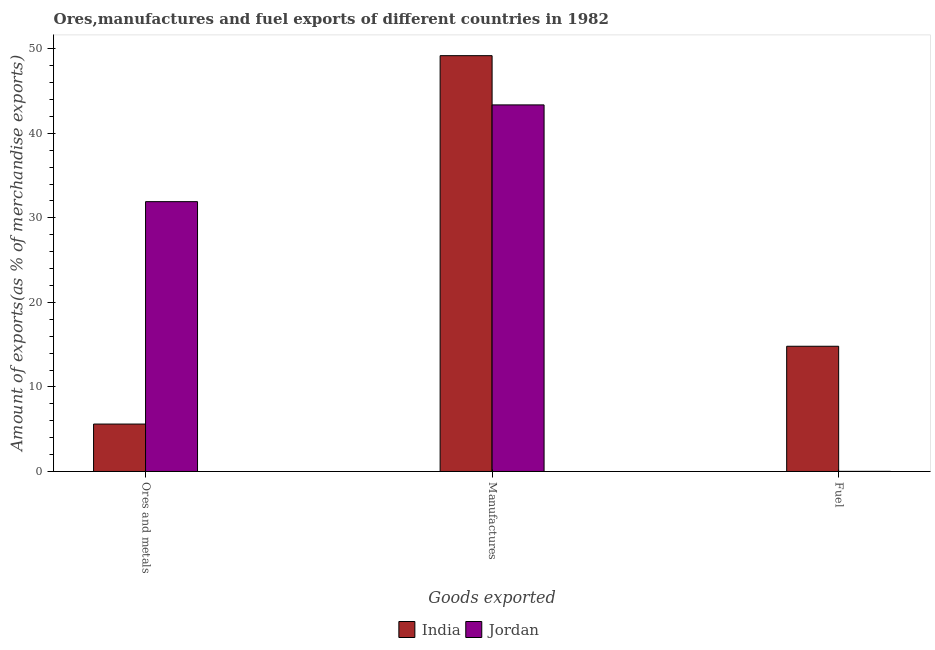
| Goods exported | India | Jordan |
 | --- | --- | --- |
 | Ores and metals | 5.61 | 31.9 |
 | Manufactures | 49.2 | 43.4 |
 | Fuel | 14.8 | 0.0158 |